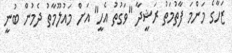
ޒަހާގެ މަންމަ ފާތުމަތު ރަޝީދާ "ވަގުތު އެހީ" އަށް މައުލޫމާތު ދެމުން ބުނީ